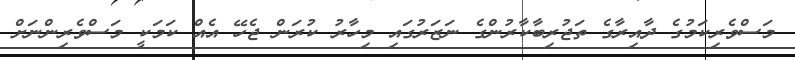
މަސްވެރިކަމުގެ ދާއިރާގެ ތަޖުރިބާކާރުންގެ ނަޒަރުގައި މިހާރު ކުރަން ޖެހޭ އެއް ކަމަކީ މަސްވެރިންނަށް